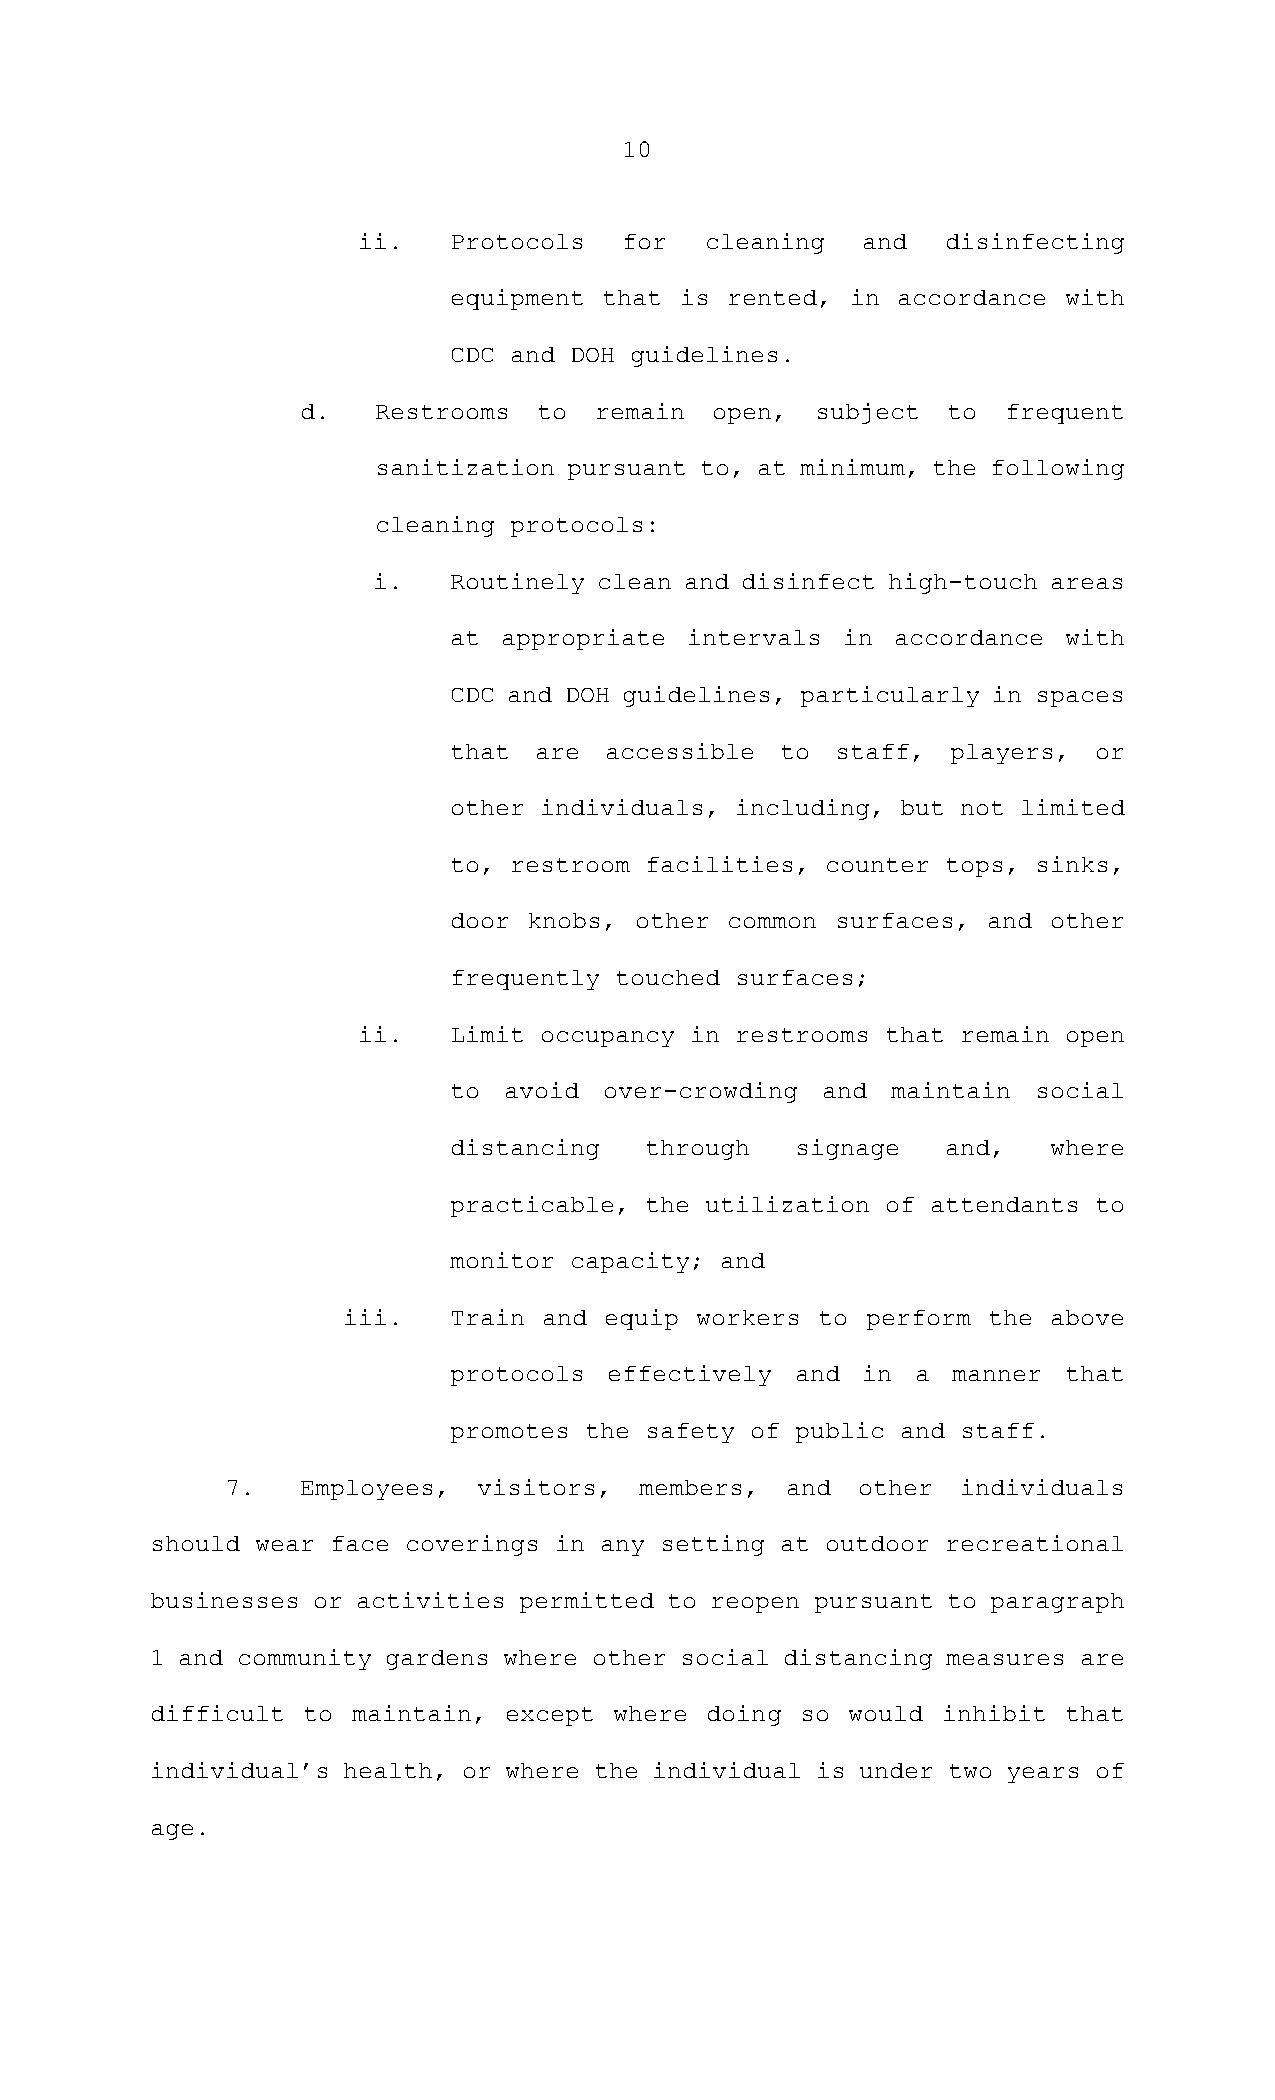
10
 ii.   Protocols  for   cleaning  and   disinfecting
 equipment that is rented, in accordance with
 CDC and DOH guidelines.
 d.   Restrooms  to remain  open,  subject  to  frequent
 sanitization pursuant to, at minimum, the following
 cleaning protocols:
 i.   Routinely clean and disinfect high-touch areas
 at appropriate intervals  in accordance with
 CDC and DOH guidelines, particularly in spaces
 that are  accessible  to staff,  players, or
 other individuals, including, but not limited
 to, restroom facilities, counter tops, sinks,
 door knobs, other common surfaces, and  other
 frequently touched surfaces;
 ii.   Limit occupancy in restrooms that remain open
 to avoid  over-crowding and  maintain  social
 distancing   through   signage   and,   where
 practicable, the utilization of attendants to
 monitor capacity; and
 iii.   Train and equip workers to perform the  above
 protocols effectively  and in  a manner that
 promotes the safety of public and staff.
 7.   Employees,  visitors, members,  and  other  individuals
 should wear face coverings in any setting at outdoor recreational
 businesses or activities permitted to reopen pursuant to paragraph
 1 and community gardens where other social distancing measures are
 difficult to maintain, except  where doing so would inhibit that
 individual’s health, or where the individual is under two years of
 age.